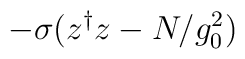
-\sigma (z^{\dagger}z-N/g_0^2)